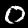
Label: 0